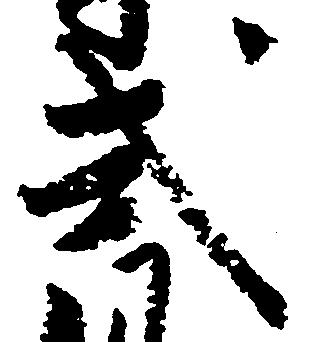
式